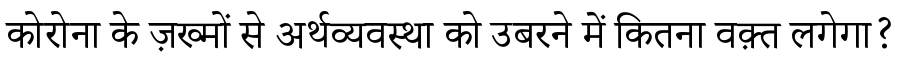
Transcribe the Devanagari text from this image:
कोरोना के ज़ख्मों से अर्थव्यवस्था को उबरने में कितना वक़्त लगेगा?